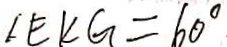
\angle E K G = 6 0 ^ { \circ }